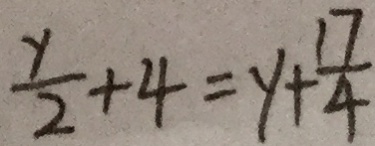
\frac { y } { 2 } + 4 = y + \frac { 1 7 } { 4 }